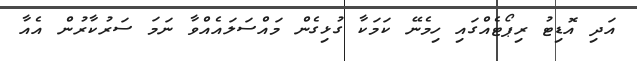
އަދި އޮޑިޓު ރިޕޯޓެއްގައި ހިމެނޭ ކަމަކާ ގުޅިގެން މައްސަލައެއްވާ ނަމަ ސަރުކާރުން އެއާ